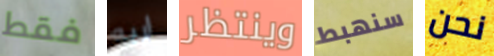
فقط اريه وينتظر سنهبط نحن